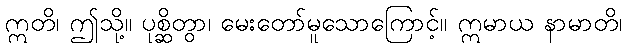
ဣတိ၊ ဤသို့။ ပုစ္ဆိတွာ၊ မေးတော်မူသောကြောင့်။ ဣမာယ နာမာတိ၊